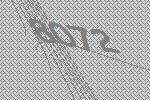
8072